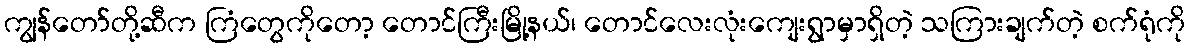
ကျွန်တော်တို့ဆီက ကြံတွေကိုတော့ တောင်ကြီးမြို့နယ်၊ တောင်လေးလုံးကျေးရွာမှာရှိတဲ့ သကြားချက်တဲ့ စက်ရုံကို